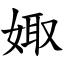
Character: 娵